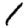
Digit: 1